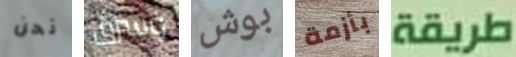
نحن وسرق بوش بأزمة طريقة